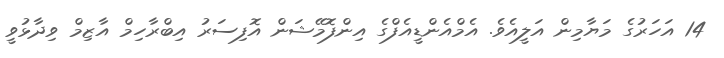
14 އަހަރުގެ މަޔާމިން އަލީއެވެ. އެމްއެންޑީއެފްގެ އިންފޮމޭޝަން އޮފިސަރު އިބްރާހިމް އާޒިމް ވިދާޅުވީ